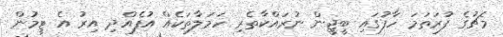
މެޗުގެ ފުރަތަމަ ހާފުގައި ބީޖީން ނުރައްކާތެރި ހަމަލާތަކެއް އުފެއްދި އިރު އެ ޓީމުން